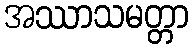
အဿာသမတ္တာ